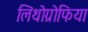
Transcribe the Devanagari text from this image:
लिथोग्रोफिया